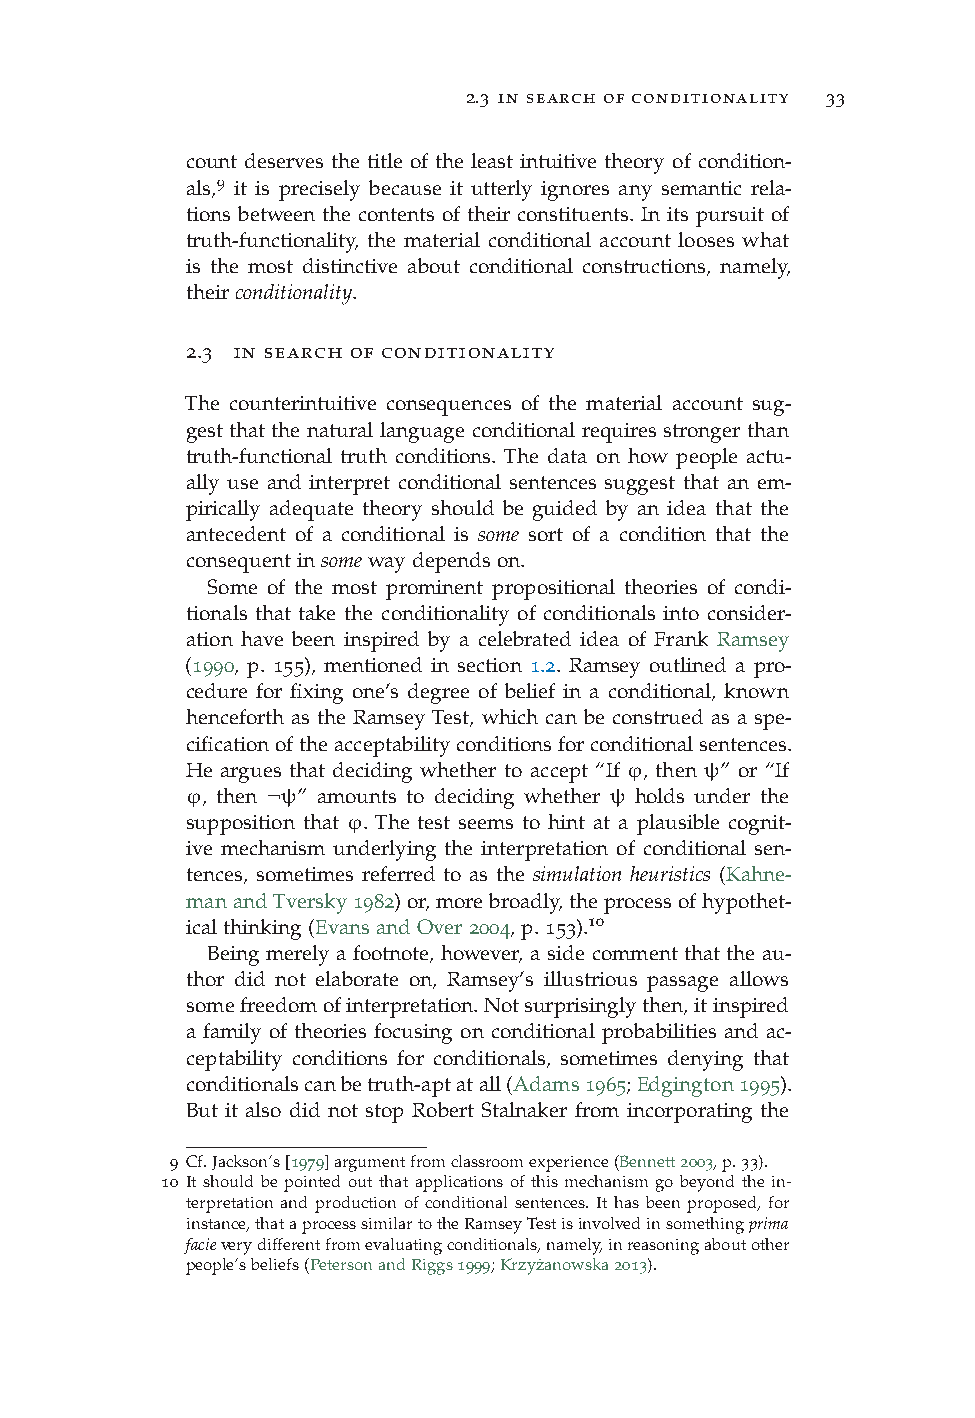
2.3 in search of conditionality 33
 count deserves the title of the least intuitive theory of condition-
 9
 als, it is precisely because it utterly ignores any semantic rela-
 tions between the contents of their constituents. In its pursuit of
 truth-functionality, the material conditional account looses what
 is the most distinctive about conditional constructions, namely,
 theirconditionality.
 2.3 in search of conditionality
 The counterintuitive consequences of the material account sug-
 gest that the natural language conditional requires stronger than
 truth-functional truth conditions. The data on how people actu-
 ally use and interpret conditional sentences suggest that an em-
 pirically adequate theory should be guided by an idea that the
 antecedent of a conditional is some sort of a condition that the
 consequentinsomewaydependson.
 Some of the most prominent propositional theories of condi-
 tionals that take the conditionality of conditionals into consider-
 ation have been inspired by a celebrated idea of Frank Ramsey
 (1990, p. 155), mentioned in section 1.2. Ramsey outlined a pro-
 cedure for fixing one’s degree of belief in a conditional, known
 henceforth as the Ramsey Test, which can be construed as a spe-
 cificationoftheacceptabilityconditionsforconditionalsentences.
 He argues that deciding whether to accept “If ϕ, then ψ” or “If
 ϕ, then ¬ψ” amounts to deciding whether ψ holds under the
 supposition that ϕ. The test seems to hint at a plausible cognit-
 ive mechanism underlying the interpretation of conditional sen-
 tences, sometimes referred to as the simulation heuristics (Kahne-
 manandTversky1982)or,morebroadly,theprocessofhypothet-
 icalthinking(EvansandOver2004,p.153).10
 Being merely a footnote, however, a side comment that the au-
 thor did not elaborate on, Ramsey’s illustrious passage allows
 somefreedomofinterpretation.Notsurprisinglythen,itinspired
 a family of theories focusing on conditional probabilities and ac-
 ceptability conditions for conditionals, sometimes denying that
 conditionalscanbetruth-aptatall(Adams1965;Edgington1995).
 But it also did not stop Robert Stalnaker from incorporating the
 9 Cf.Jackson’s[1979]argumentfromclassroomexperience(Bennett2003,p.33).
 10 It should be pointed out that applications of this mechanism go beyond the in-
 terpretation and production of conditional sentences. It has been proposed, for
 instance,thataprocesssimilartotheRamseyTestisinvolvedinsomethingprima
 facieverydifferentfromevaluatingconditionals,namely,inreasoningaboutother
 people’sbeliefs(PetersonandRiggs1999;Krzyz˙anowska2013).